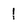
Character: 1